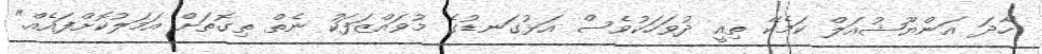
"ހާދަ އަންޔޫޝުއަލް ކަމެކޭ ތިއީ ދުވަހަކުވެސް އަޅުގަނޑުގެ މުވައްޒަފަކު ނެތް ތިގޮތަށް އަމަލުކޮށްފައެއް."